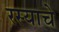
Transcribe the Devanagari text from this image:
रस्याचे